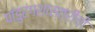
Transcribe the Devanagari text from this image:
पांडुरंगशास्त्रींची